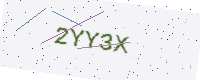
Text: 2YY3X